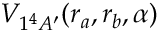
V _ { 1 ^ { 4 } A ^ { \prime } } ( r _ { a } , r _ { b } , \alpha )